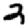
Digit: 3